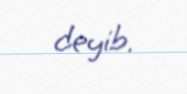
deyib.